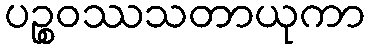
ပဉ္စဝဿသတာယုကာ